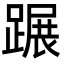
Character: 蹍